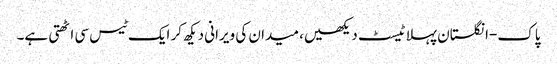
پاک-انگلستان پہلا ٹیسٹ دیکھیں، میدان کی ویرانی دیکھ کر ایک ٹیس سی اٹھتی ہے۔